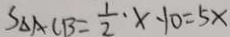
S _ { \Delta A C B } = \frac { 1 } { 2 } \cdot x - 1 0 = 5 x